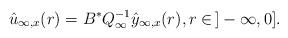
LaTeX: \begin{align*}\hat u_{\infty,x}(r)=B^* Q_{\infty}^{-1}\hat y_{\infty,x}(r), r \in \,]-\infty,0].\end{align*}